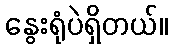
နွေးရုံပဲရှိတယ်။